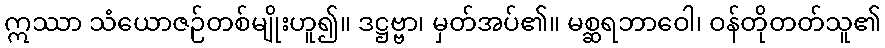
ဣဿာ သံယောဇဉ်တစ်မျိုးဟူ၍။ ဒဋ္ဌဗ္ဗာ၊ မှတ်အပ်၏။ မစ္ဆရဘာဝေါ၊ ဝန်တိုတတ်သူ၏